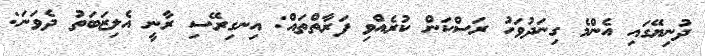
ދުނިޔޭގައި އެންމެ ގިނަދުވަހު ރަސްކަން ކުރެއްވި ފަރާތްތައް: އިނގިރޭސި ރާނީ އެލިޒަބަތު ދެވަނަ: